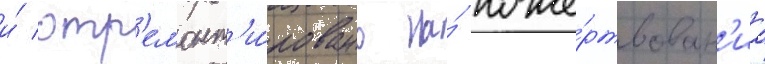
и́ отр'емонт'и́ровано на́ поже́ртвован'иа